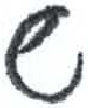
אות: ש